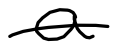
Text: a
Cross-out: single-line
Writing tool: digital_black